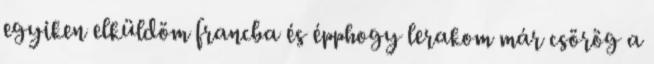
egyiken elküldöm francba és épphogy lerakom már csörög a